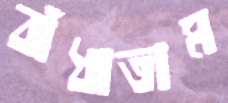
বাঁধাতাম